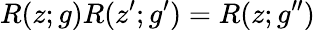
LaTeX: R(z;g)R(z^{\prime};g^{\prime})=R(z;g^{\prime\prime})